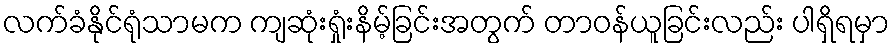
လက်ခံနိုင်ရုံသာမက ကျဆုံးရှုံးနိမ့်ခြင်းအတွက် တာဝန်ယူခြင်းလည်း ပါရှိရမှာ